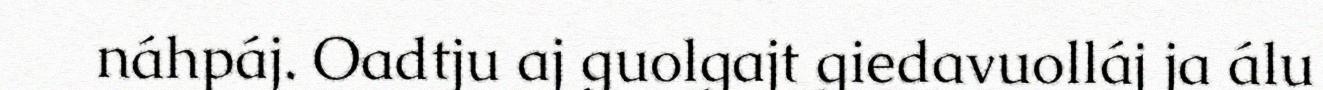
náhpáj. Oadtju aj guolgajt giedavuolláj ja álu